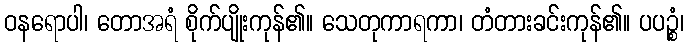
ဝနရောပါ၊ တောအရံ စိုက်ပျိုးကုန်၏။ သေတုကာရကာ၊ တံတားခင်းကုန်၏။ ပပဉ္စံ၊